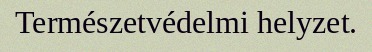
Természetvédelmi helyzet.